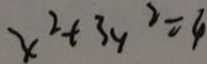
x ^ { 2 } + 3 y ^ { 2 } = 4